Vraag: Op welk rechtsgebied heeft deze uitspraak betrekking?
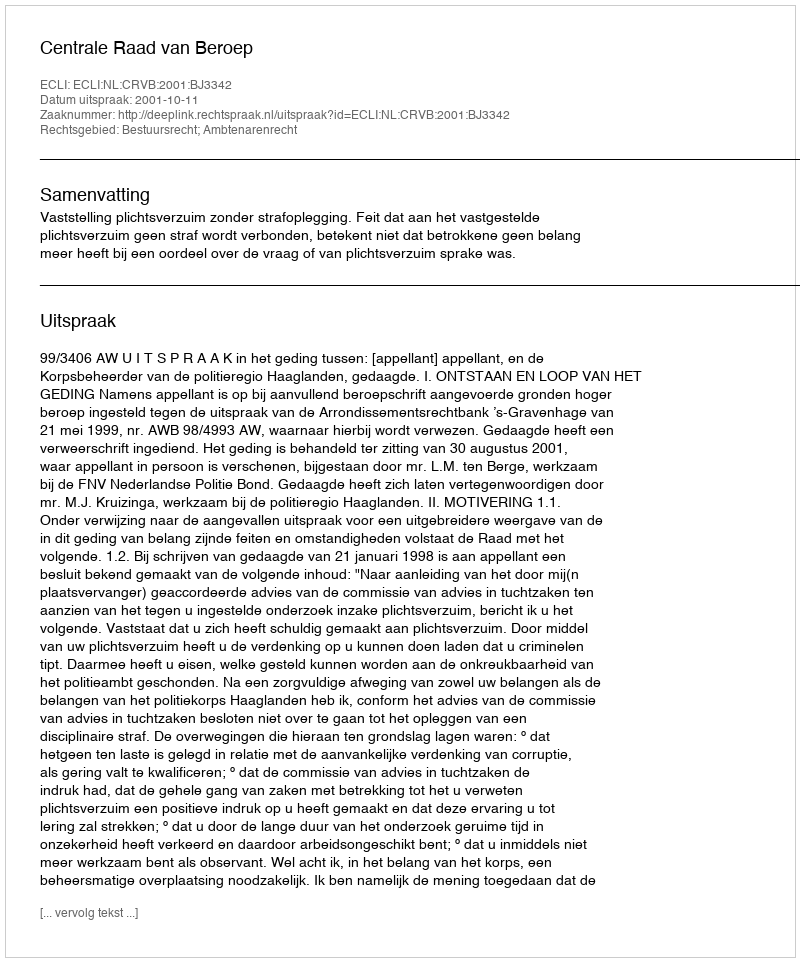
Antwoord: Bestuursrecht; Ambtenarenrecht